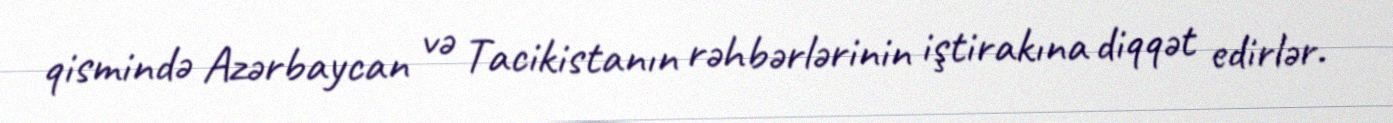
qismində Azərbaycan və Tacikistanın rəhbərlərinin iştirakına diqqət edirlər.